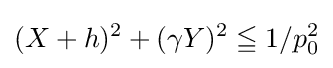
(X+h)^{2}+(\gamma Y)^{2}\leqq 1/p_{0}^{2}